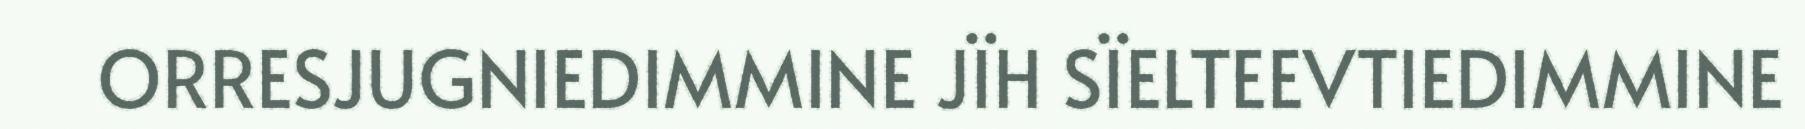
ORRESJUGNIEDIMMINE JÏH SÏELTEEVTIEDIMMINE